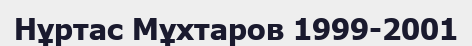
Нұртас Мұхтаров 1999-2001